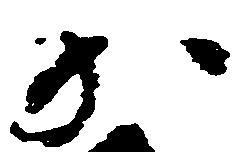
か